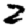
Digit: 2